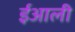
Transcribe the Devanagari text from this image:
ईआली